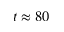
t \approx 8 0